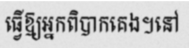
ធ្វើឱ្យអ្នកពិបាកគេង។នៅ